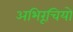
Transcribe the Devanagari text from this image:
अभिरूचियो